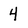
Character: 4